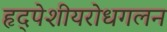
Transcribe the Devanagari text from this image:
हृद्‌पेशीयरोधगलन